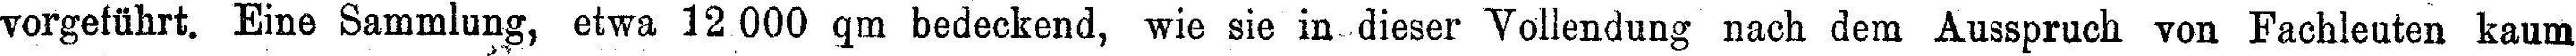
vorgeführt. Eine Sammlung, etwa 12 000 qm bedeckend, wie sie in dieser Vollendung nach dem Ausspruch von Fachleuten kaum